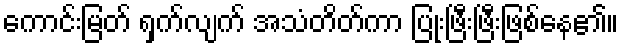
ကောင်းမြတ် ရှက်လျက် အသံတိတ်ကာ ပြုံးဖြီးဖြီးဖြစ်နေ၏။